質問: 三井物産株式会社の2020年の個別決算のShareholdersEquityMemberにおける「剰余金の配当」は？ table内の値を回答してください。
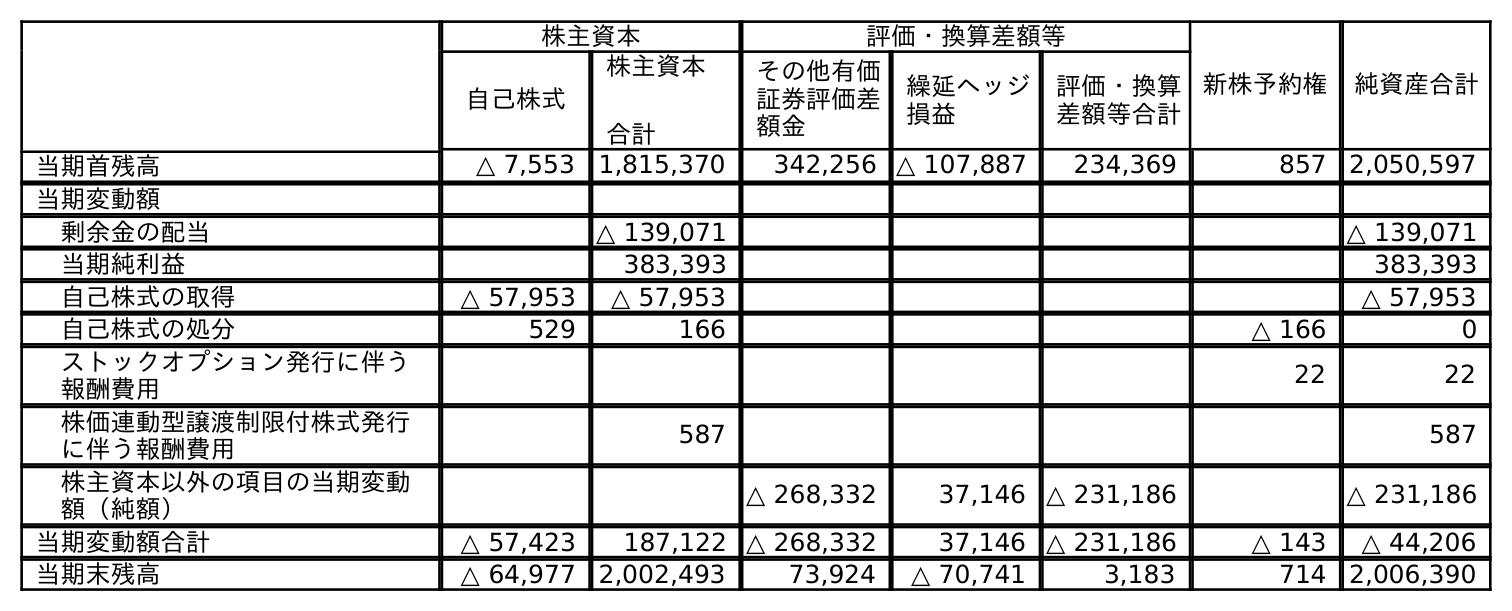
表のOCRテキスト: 株主資本 評価・換算差額等 新株予約権 純資産合計 自己株式 株主資本 合計 その他有価 証券評価差 額金 繰延ヘッジ 損益 評価・換算 差額等合計 当期首残高 △ 7,553 1,815,370 342,256 △ 107,887 234,369 857 2,050,597 当期変動額 剰余金の配当 △ 139,071 △ 139,071 当期純利益 383,393 383,393 自己株式の取得 △ 57,953 △ 57,953 △ 57,953 自己株式の処分 529 166 △ 166 0 ストックオプション発行に伴う 報酬費用 22 22 株価連動型譲渡制限付株式発行 に伴う報酬費用 587 587 株主資本以外の項目の当期変動 額（純額） △ 268,332 37,146 △ 231,186 △ 231,186 当期変動額合計 △ 57,423 187,122 △ 268,332 37,146 △ 231,186 △ 143 △ 44,206 当期末残高 △ 64,977 2,002,493 73,924 △ 70,741 3,183 714 2,006,390
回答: △139,071